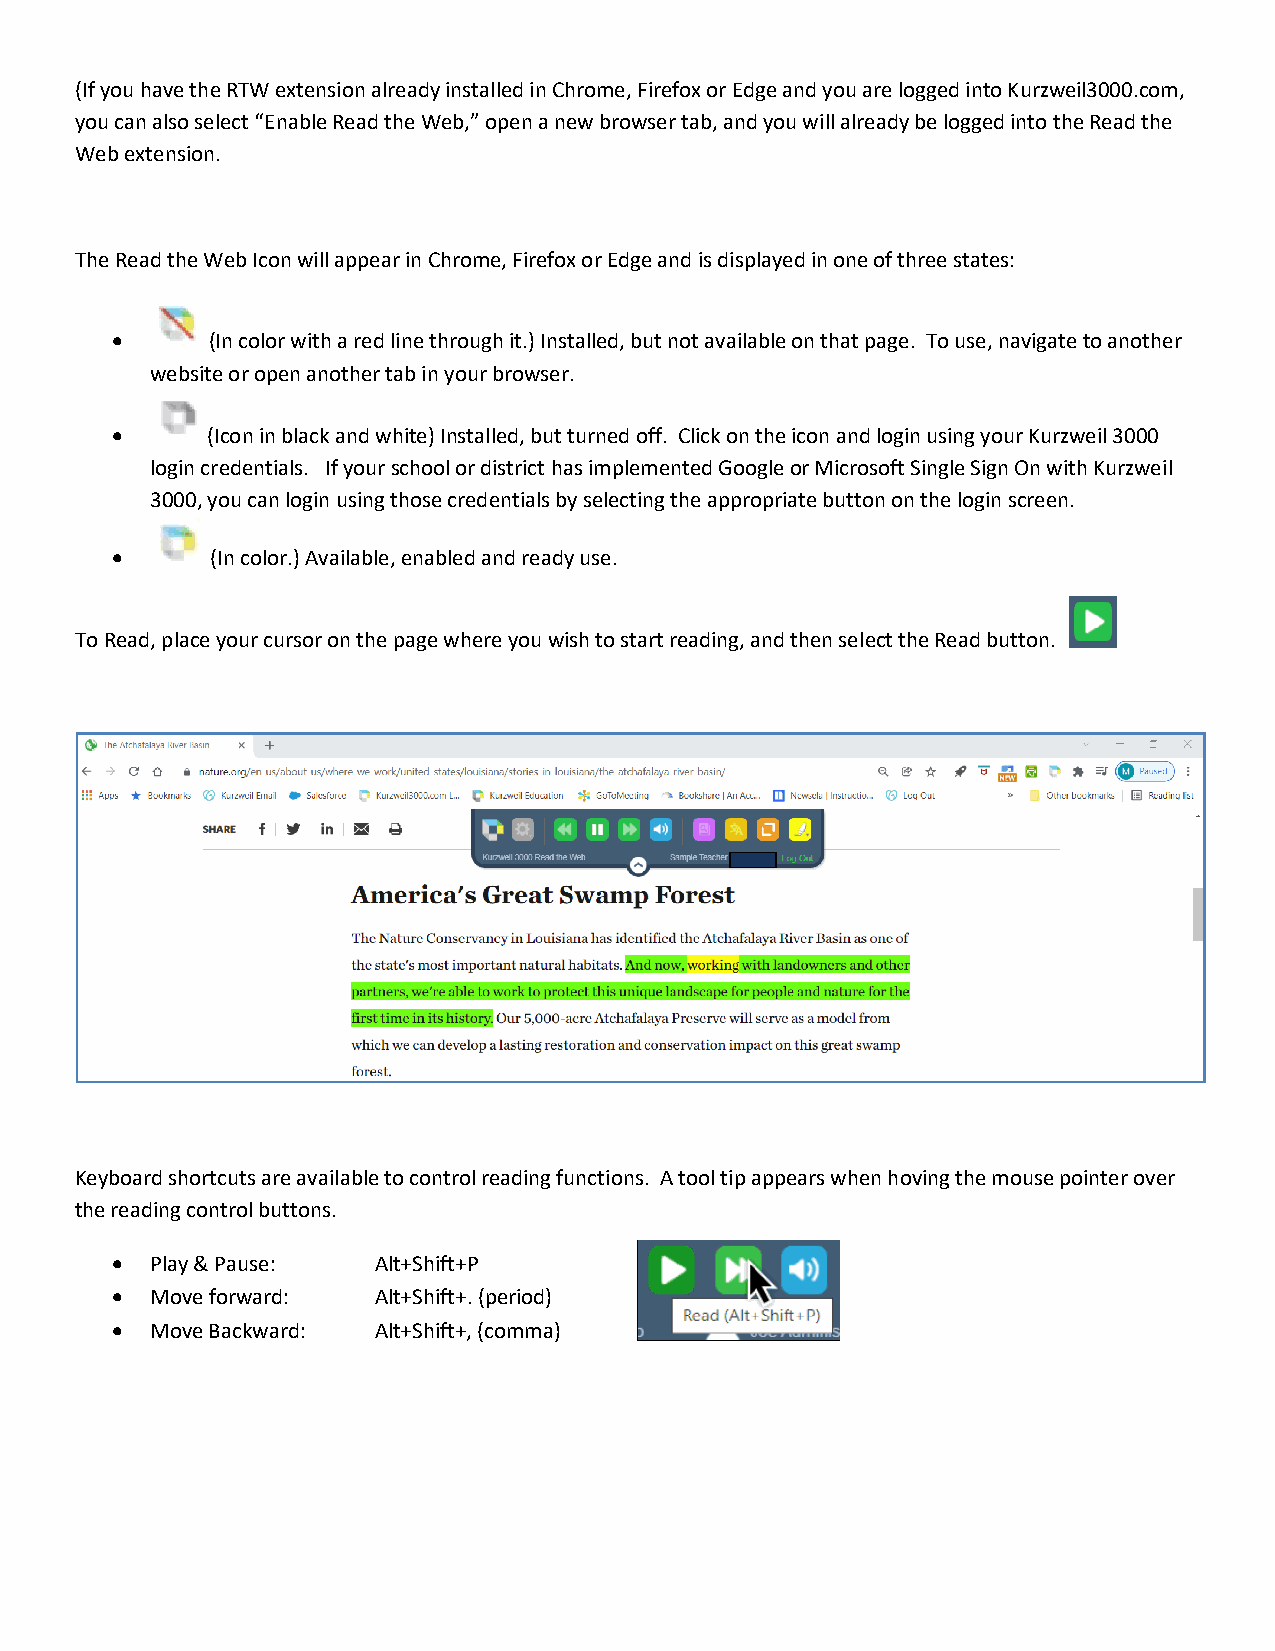
(If you have the RTW extension already installed in Chrome, Firefox or Edge and you are logged into Kurzweil3000.com,
 you can also select “Enable Read the Web,” open a new browser tab, and you will already be logged into the Read the
 Web extension.
 The Read the Web Icon will appear in Chrome, Firefox or Edge and is displayed in one of three states:
       (In color with a red line through it.) Installed, but not available on that page. To use, navigate to another
 website or open another tab in your browser.
       (Icon in black and white) Installed, but turned off. Click on the icon and login using your Kurzweil 3000
 login credentials. If your school or district has implemented Google or Microsoft Single Sign On with Kurzweil
 3000, you can login using those credentials by selecting the appropriate button on the login screen.
       (In color.) Available, enabled and ready use.
 To Read, place your cursor on the page where you wish to start reading, and then select the Read button.
 Keyboard shortcuts are available to control reading functions. A tool tip appears when hoving the mouse pointer over
 the reading control buttons.
   Play & Pause:  Alt+Shift+P
   Move forward:  Alt+Shift+. (period)
   Move Backward: Alt+Shift+, (comma)